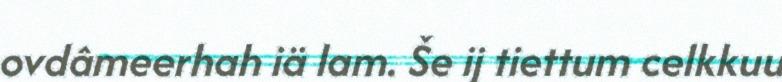
ovdâmeerhah iä lam. Še ij tiettum celkkuu